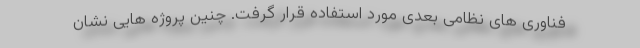
فناوری های نظامی بعدی مورد استفاده قرار گرفت. چنین پروژه هایی نشان